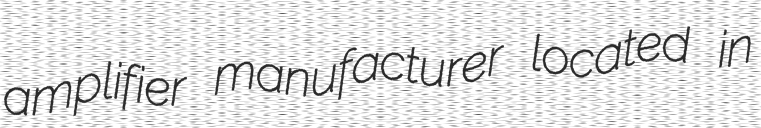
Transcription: amplifier manufacturer located in